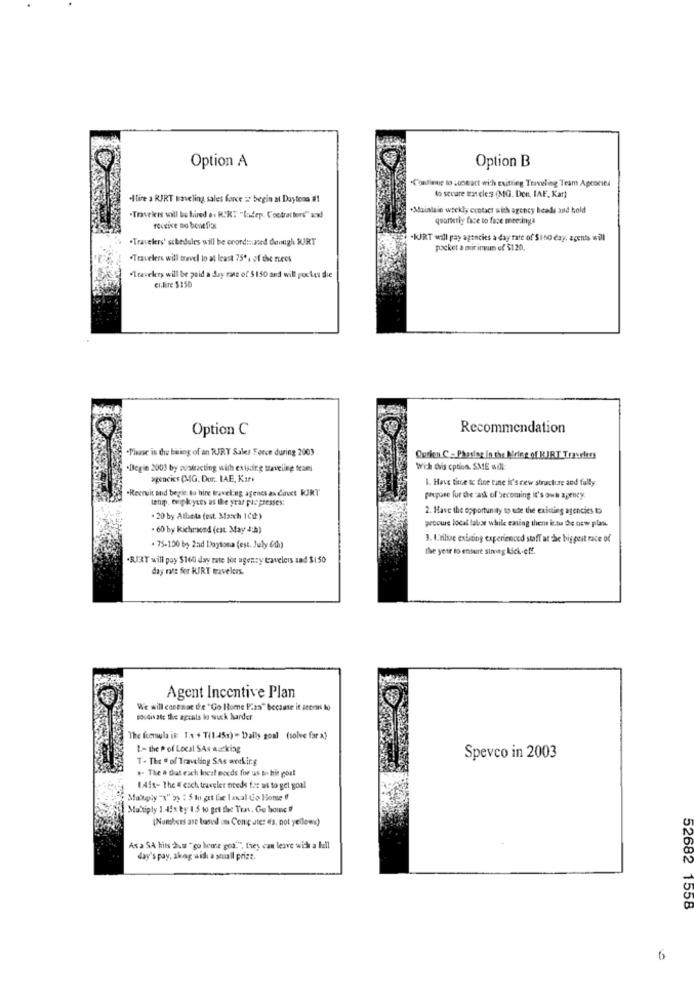
Option A
Option B
.Contiene to contact wich esitting Traveling Team Agencies
.Atire a RIRT waveling sales force :: begin at Daytona #!
to sevare tat ele: (MG, Don, IAF, Kar)
.Maintain weekly contact with agency heads and bold
"Travelers will be hired av RIRT' "Indep. Cootratters" wxd
quarterly face to face meetinga
fective Do bone Di's
.Travelers' schedules will be coordinated demugh SURT
3 -KJRT will pay agencies a day fate of $160 day, agents will
packet a minimum of $120,
.Travelers will travel to at least 75% of the Tuees
"Travekry will be paid a day rose of $ 150 and will pocket the
eiliTe 3:50
Option C
Recommendation
"Phase is de being of an RJRY Sales Force during 2003
Ourien C. Phasleg in the Krieg of BJRT Travelers
"Begin 2001 by austracting with existing taveling team
Wich dhis cption. SME will:
agencies (MIG, Dur. IAE, Kars
1. Have time tc fine rane it's cew structure and fully
·Recruit and begin to hire traveling agents as davet KJRT
tenip. exiloytes is the yrar pucpresses:
propuse fur the task of becoming it's own agency
2. Have the opportunity to ebe the existing agencies to
. 20 by Atlanta fest. March 1Cd:)
procure local lakse while eating then it.tu De now plan
. 60 by Kichrand (est. May 4;h)
3. Utilize existing experienced staff at the big peit race of
. 75-100 by 2ad Daytona fest. July 6th)
the year to ensure simeg kick-off.
.RJAT will pay $160 day rate for agency travelers sad $150
day rate for KJRT travelers.
Agent Incentive Plan
We will costaat the "Go Home Pias" because it seems to
moidivat the accals to suck harder
The formula is: 1.4 + T(1.45s) - Daily goal (solve far x)
1- the P of Local SAs sucking
T . The # of Traveling SAs wnking
Spevco in 2003
a. The # dat each Ineal mocds for us bo hin out
1.4is- The # esch traveler needs for us to gel goal
Multiply 1 45x by 1.5 to get the Ten. Go home ff
(Numbers are based on Comp ute: es. not yellowv)
As a SA hits duur "go heure goa"", they can leave wich a full
day's pay, akag with a small prize.
52682 1558
6